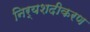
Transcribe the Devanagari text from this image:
निर्यशदीकरण